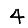
Digit: 4